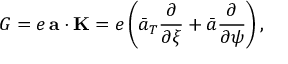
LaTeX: G = e \, { \bf a } \cdot { \bf K } = e \left( \bar { a } _ { T } \frac { \partial } { \partial \xi } + \bar { a } \frac { \partial } { \partial \psi } \right) ,